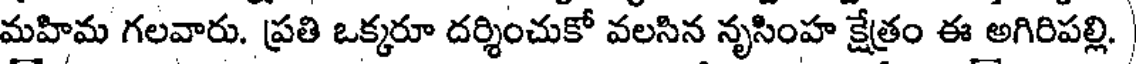
మహిమ గలవారు. ప్రతి ఒక్కరూ దర్శించుకో వలసిన నృసింహ క్షేత్రం ఈ అగిరిపల్లి.